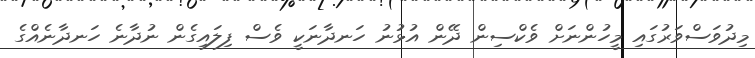
މިދުވަސްވަރުގައި މީހުންނަށް ވެކްސިން ދޭން އުޅުނު ހަނދާނަކީ ވެސް ފިލައިގެން ނުދާނެ ހަނދާނެއްގެ